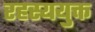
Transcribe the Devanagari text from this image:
रहस्ययुक्त